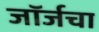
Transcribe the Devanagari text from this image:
जॉर्जचा